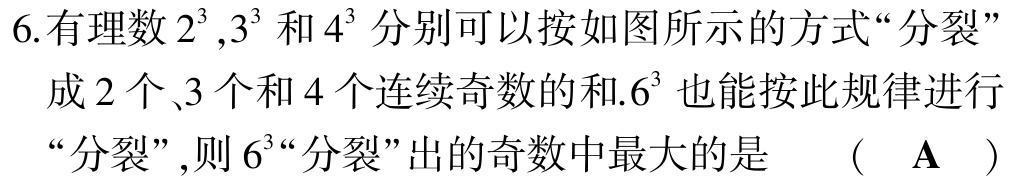
6.有理数\(2^{3},3^{3}\)和\(4^{3}\)分别可以按如图所示的方式“分裂”成2个、3个和4个连续奇数的和.\(6^{3}\)也能按此规律进行“分裂”,则\(6^{3}\)“分裂”出的奇数中最大的是 （ A ）